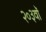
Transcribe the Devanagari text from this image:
२०३वॉ